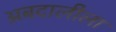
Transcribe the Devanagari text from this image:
अबदालीला